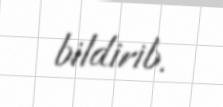
bildirib.